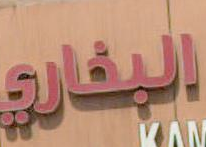
البخاري